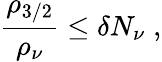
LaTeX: \frac{\rho_{3/2}}{\rho_{\nu}}\leq\delta N_{\nu}\; ,